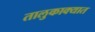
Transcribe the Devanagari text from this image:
तालुकाक्यात